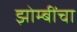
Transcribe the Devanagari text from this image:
झोम्बींचा